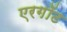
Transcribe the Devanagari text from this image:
एरगॉट